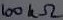
Text: 100KΩ